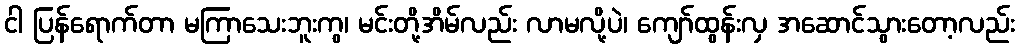
ငါ ပြန်ရောက်တာ မကြာသေးဘူးကွ၊ မင်းတို့အိမ်လည်း လာမလို့ပဲ၊ ကျော်ထွန်းလှ အဆောင်သွားတော့လည်း